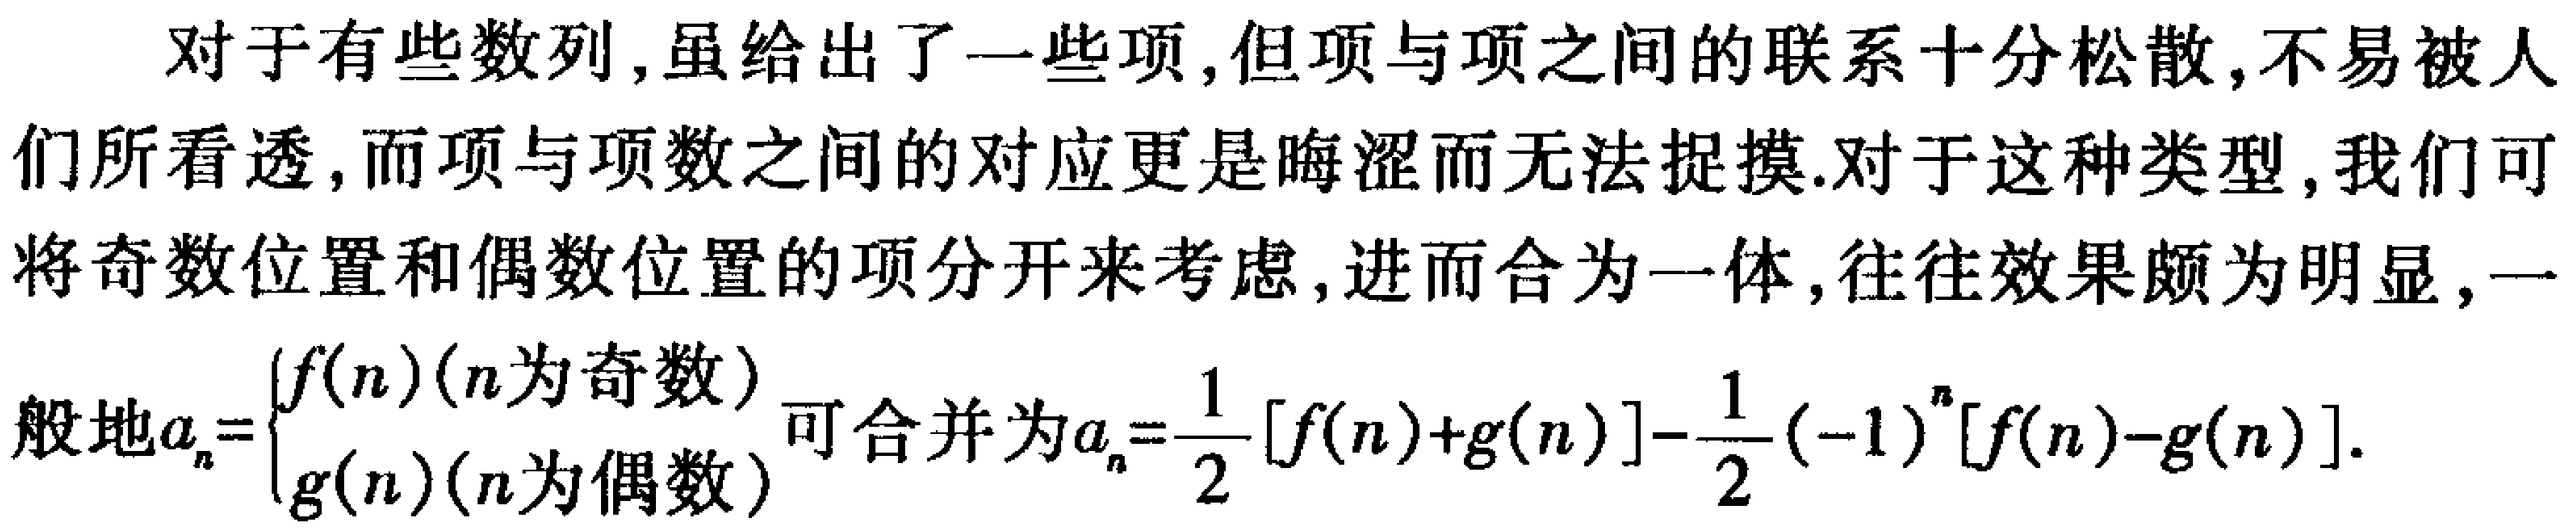
对于有些数列,虽给出了一些项,但项与项之间的联系十分松散,不易被人们所看透,而项与项数之间的对应更是晦涩而无法捉摸.对于这种类型,我们可将奇数位置和偶数位置的项分开来考虑,进而合为一体,往往效果颇为明显,一
般地$a_{n}=\begin{cases}f(n)(n为奇数)\\g(n)(n为偶数)\end{cases}$可合并为$a_{n}=\frac{1}{2}[f(n)+g(n)]-\frac{1}{2}(-1)^{n}[f(n)-g(n)]$.